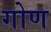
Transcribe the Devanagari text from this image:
गोण